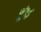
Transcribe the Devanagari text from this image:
सुंगइ